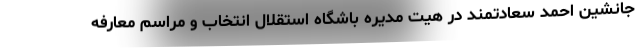
جانشین احمد سعادتمند در هیت مدیره باشگاه استقلال انتخاب و مراسم معارفه